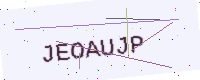
Text: JEOAUJP